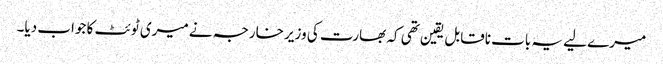
میرے لیے یہ بات ناقابل یقین تھی کہ بھارت کی وزیر خارجہ نے میری ٹوئٹ کا جواب دیا۔